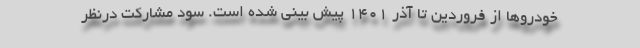
خودروها از فروردین تا آذر 1401 پیش بینی شده است. سود مشارکت درنظر